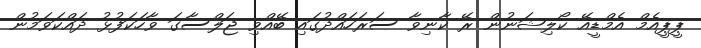
ޕީޕީއެމް އެމްޑީއޭ ކޯލިޝަނުން ރޭ ކާނިވާ ސަރަހައްދުގައި ބޭއްވި ޖަލްސާގަ ވާހަކަފުޅު ދައްކަވަމުން